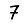
Digit: 7